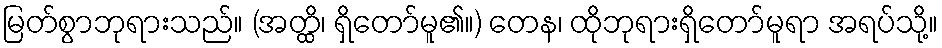
မြတ်စွာဘုရားသည်။ (အတ္ထိ၊ ရှိတော်မူ၏။) တေန၊ ထိုဘုရားရှိတော်မူရာ အရပ်သို့။